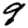
Digit: 9